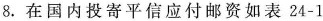
8. 在国内投寄平信应付邮资如表24-1